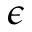
\epsilon